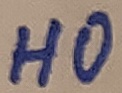
Text: HO